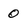
Character: O